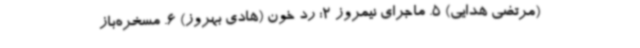
(مرتضی هدایی) 5. ماجرای نیمروز 2: رد خون (هادی بهروز) 6. مسخره‌باز